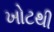
ખોટથી